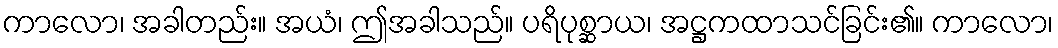
ကာလော၊ အခါတည်း။ အယံ၊ ဤအခါသည်။ ပရိပုစ္ဆာယ၊ အဋ္ဌကထာသင်ခြင်း၏။ ကာလော၊